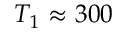
T _ { 1 } \approx 3 0 0